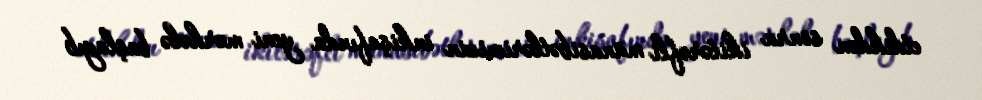
etdikdən sonra ikitərəfli münasibətlərimizin inkişafında yeni mərhələ başlayıb